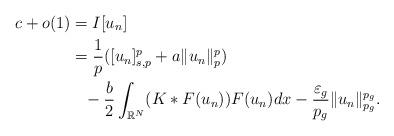
LaTeX: \begin{align*}c+o(1)&=I[u_n]\\&= \frac{1}{p}([u_n]_{s,p}^p+a\|u_n\|_p^p)\\&\phantom{=}-\frac{b}{2}\int_{\mathbb{R}^N}(K\ast F(u_n))F(u_n)dx-\frac{\varepsilon_g}{p_g}\|u_n\|_{p_g}^{p_g}.\end{align*}